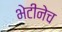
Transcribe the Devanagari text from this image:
भेटीनेच